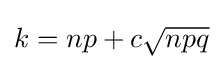
k=np+c{\sqrt {npq}}